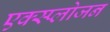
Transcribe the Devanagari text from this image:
एक्स्प्लोजन